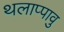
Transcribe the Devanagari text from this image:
थलाप्पावु